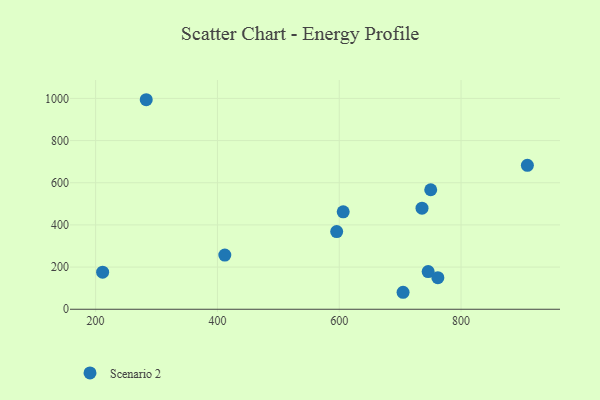
{"axis": {"x": "Speed", "y": "Profit"}, "legend": ["Scenario 2"], "data": [{"x": "750.2", "y": 566.8, "type": "Scenario 2"}, {"x": "746.0", "y": 178.7, "type": "Scenario 2"}, {"x": "211.5", "y": 175.8, "type": "Scenario 2"}, {"x": "735.9", "y": 479.2, "type": "Scenario 2"}, {"x": "908.9", "y": 682.6, "type": "Scenario 2"}, {"x": "761.9", "y": 149.6, "type": "Scenario 2"}, {"x": "595.8", "y": 368.5, "type": "Scenario 2"}, {"x": "283.1", "y": 993.8, "type": "Scenario 2"}, {"x": "606.5", "y": 462.2, "type": "Scenario 2"}, {"x": "704.8", "y": 80.5, "type": "Scenario 2"}, {"x": "412.1", "y": 256.8, "type": "Scenario 2"}]}